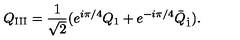
Q _ { \mathrm { I I I } } = \frac { 1 } { \sqrt { 2 } } ( e ^ { i \pi / 4 } Q _ { 1 } + e ^ { - i \pi / 4 } \bar { Q } _ { \dot { 1 } } ) .